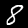
Digit: 8